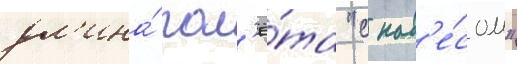
дл'ина́ пол'ё́та "с нав'е́сом"